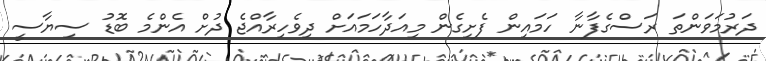
ދަރުމަވަންތަ ރަސްގެފާނާ ހަމައިން ފެށިގެން މިއަދާހަމައަށް ދިވެހިރާއްޖެ ދުށް އެންމެ ބޮޑު ސިޔާސީ